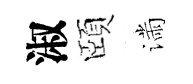
淑頤滿